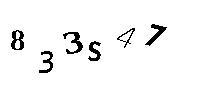
833S47